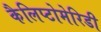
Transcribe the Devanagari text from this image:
कैलिप्टोमेरिडी